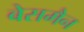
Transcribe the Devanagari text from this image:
बेसमैन